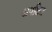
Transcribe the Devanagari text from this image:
अपक्षित